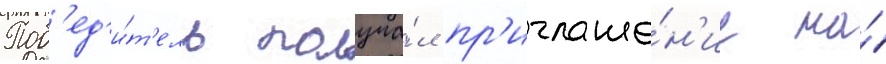
Поб'ед'и́т'ель получа́л пр'иглаше́н'ие на́